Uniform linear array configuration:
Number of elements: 32
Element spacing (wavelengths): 0.5
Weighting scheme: hann
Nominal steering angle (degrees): -45
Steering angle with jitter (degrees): -45.93
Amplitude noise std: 0.05
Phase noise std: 0.05

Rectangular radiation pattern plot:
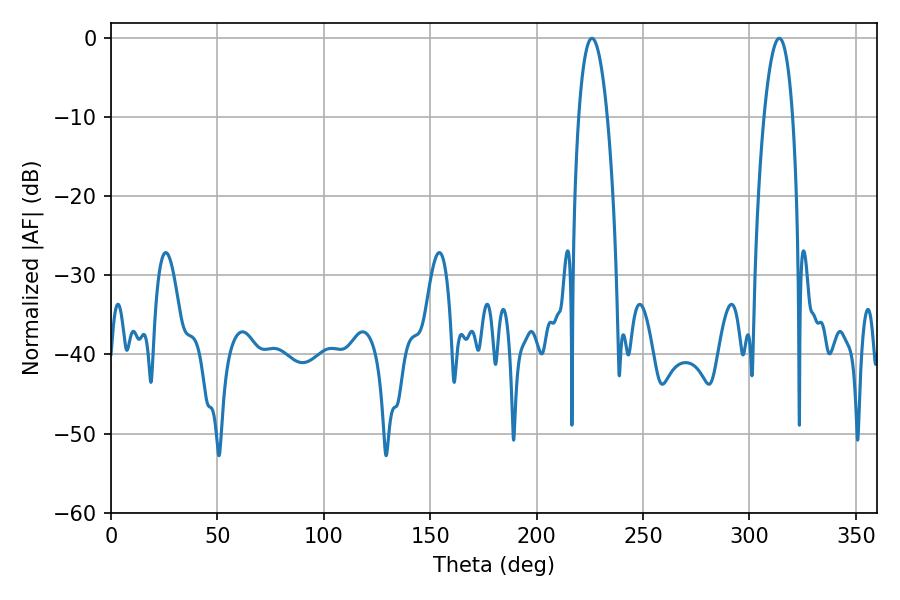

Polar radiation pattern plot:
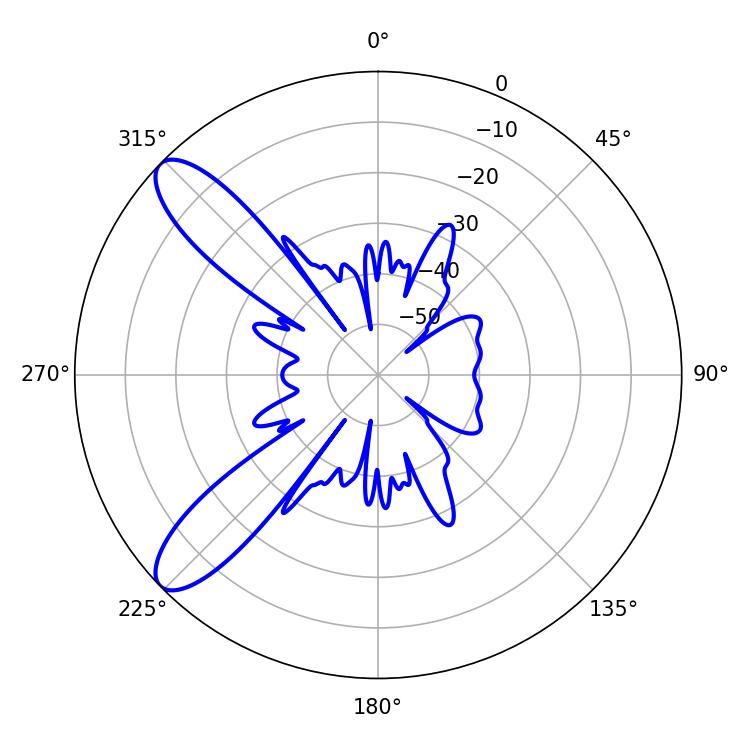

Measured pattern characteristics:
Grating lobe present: FALSE
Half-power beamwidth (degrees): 7.38
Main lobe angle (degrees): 225.9